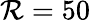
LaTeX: \mathcal{R}=50